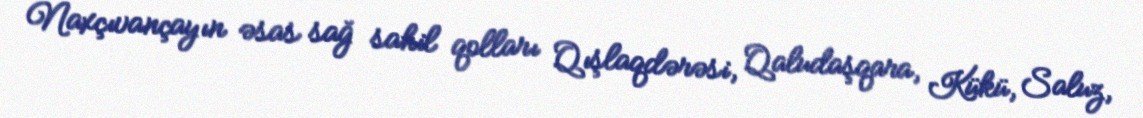
Naxçıvançayın əsas sağ sahil qolları Qışlaqdərəsi, Qaludaşqara, Kükü, Saluz,